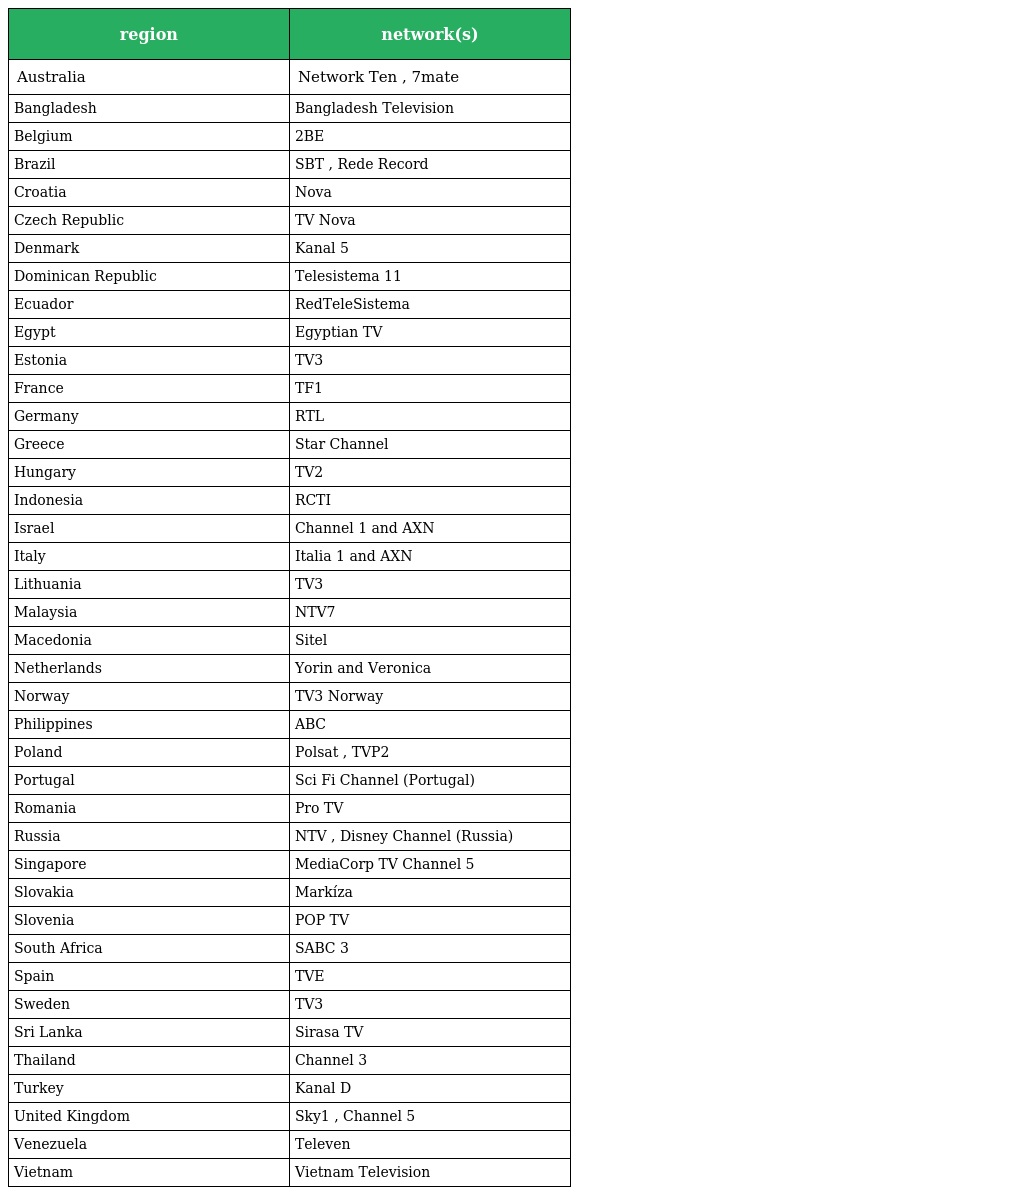
| region | network(s) |
 | --- | --- |
 | Australia | Network Ten , 7mate |
 | Bangladesh | Bangladesh Television |
 | Belgium | 2BE |
 | Brazil | SBT , Rede Record |
 | Croatia | Nova |
 | Czech Republic | TV Nova |
 | Denmark | Kanal 5 |
 | Dominican Republic | Telesistema 11 |
 | Ecuador | RedTeleSistema |
 | Egypt | Egyptian TV |
 | Estonia | TV3 |
 | France | TF1 |
 | Germany | RTL |
 | Greece | Star Channel |
 | Hungary | TV2 |
 | Indonesia | RCTI |
 | Israel | Channel 1 and AXN |
 | Italy | Italia 1 and AXN |
 | Lithuania | TV3 |
 | Malaysia | NTV7 |
 | Macedonia | Sitel |
 | Netherlands | Yorin and Veronica |
 | Norway | TV3 Norway |
 | Philippines | ABC |
 | Poland | Polsat , TVP2 |
 | Portugal | Sci Fi Channel (Portugal) |
 | Romania | Pro TV |
 | Russia | NTV , Disney Channel (Russia) |
 | Singapore | MediaCorp TV Channel 5 |
 | Slovakia | Markíza |
 | Slovenia | POP TV |
 | South Africa | SABC 3 |
 | Spain | TVE |
 | Sweden | TV3 |
 | Sri Lanka | Sirasa TV |
 | Thailand | Channel 3 |
 | Turkey | Kanal D |
 | United Kingdom | Sky1 , Channel 5 |
 | Venezuela | Televen |
 | Vietnam | Vietnam Television |